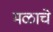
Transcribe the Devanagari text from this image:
मळाचे